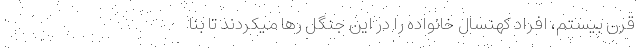
قرن بیستم، افراد کهنسال خانواده را در این جنگل رها میکردند تا بنا